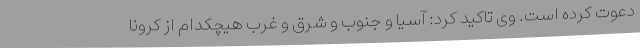
دعوت کرده است. وی تاکید کرد: آسیا و جنوب و شرق و غرب هیچکدام از کرونا